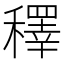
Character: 䆁